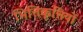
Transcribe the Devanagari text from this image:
भित्तिकृत्तियों